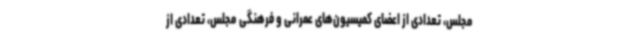
مجلس، تعدادی از اعضای کمیسیون‌های عمرانی و فرهنگی مجلس، تعدادی از